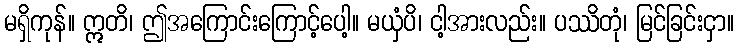
မရှိကုန်။ ဣတိ၊ ဤအကြောင်းကြောင့်ပေါ့။ မယှံပိ၊ ငါ့အားလည်း။ ပဿိတုံ၊ မြင်ခြင်းငှာ။